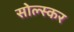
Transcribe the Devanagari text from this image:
सोल्स्कर